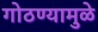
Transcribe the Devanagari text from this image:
गोठण्यामुळे